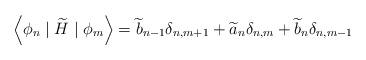
LaTeX: \begin{align*}\left\langle \phi _{n}\mid \widetilde{H}\mid \phi _{m}\right\rangle =\widetilde{b}_{n-1}\delta _{n,m+1}+\widetilde{a}_{n}\delta _{n,m}+\widetilde{b}_{n}\delta _{n,m-1} \end{align*}